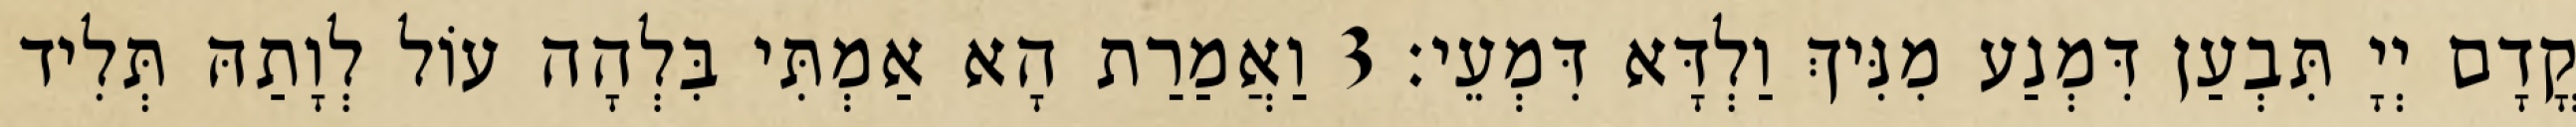
קֳדָם יְיָ תִּבְעַן דִּמְנַע מִנִּיךְ וַלְדָּא דִּמְעֵי׃ 3 וַאֲמַרַת הָא אַמְתִּי בִּלְהָה עוֹל לְוָתַהּ תְּלִיד